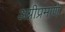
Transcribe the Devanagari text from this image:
अग्नीप्रमाणे